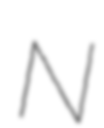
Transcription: N